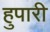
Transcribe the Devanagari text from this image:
हुपारी